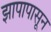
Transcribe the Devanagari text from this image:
झापापासून